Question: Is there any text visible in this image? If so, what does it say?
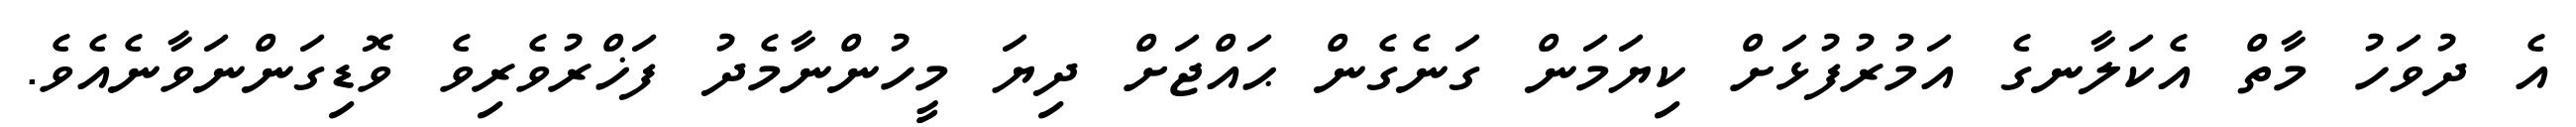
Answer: އެ ދުވަހު މާތް އެކަލާނގެ އަމުރުފުޅަށް ކިޔަމަން ގަނެގެން ޙައްޖަށް ދިޔަ މީހުންނާމެދު ފަޚްރުވެރިވެ ވޮޑިގަންނަވާނެއެވެ.